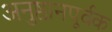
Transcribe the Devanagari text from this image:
अनुष्ठानपूर्वक